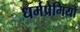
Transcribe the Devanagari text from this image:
धर्मप्रेमियों